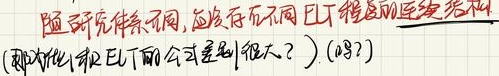
随研究体系不同，应该存在不同且E下程度的连续结构（那光催化和E下的公式差别很大？）（吗？）